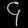
Digit: ၄